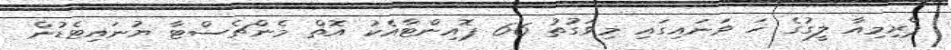
ޕްރިމިއާ ލީގުގެ ހަ ވަނައިގައި މިވަގުތު 66 ޕޮއިންޓާއެކު އޮތް މެންޗެސްޓާ ޔުނައިޓެޑުން